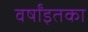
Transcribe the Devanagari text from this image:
वर्षांइतका